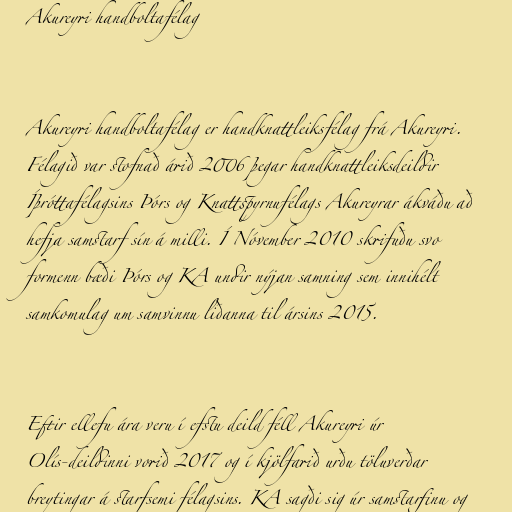
Akureyri handboltafélag

Akureyri handboltafélag er handknattleiksfélag frá Akureyri.
Félagið var stofnað árið 2006 þegar handknattleiksdeildir
Íþróttafélagsins Þórs og Knattspyrnufélags Akureyrar ákváðu að
hefja samstarf sín á milli. Í Nóvember 2010 skrifuðu svo
formenn bæði Þórs og KA undir nýjan samning sem innihélt
samkomulag um samvinnu liðanna til ársins 2015.

Eftir ellefu ára veru í efstu deild féll Akureyri úr
Olís-deildinni vorið 2017 og í kjölfarið urðu töluverðar
breytingar á starfsemi félagsins. KA sagði sig úr samstarfinu og